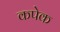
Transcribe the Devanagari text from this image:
कपेक